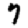
Digit: 7